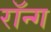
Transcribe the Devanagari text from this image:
रॉन्ग